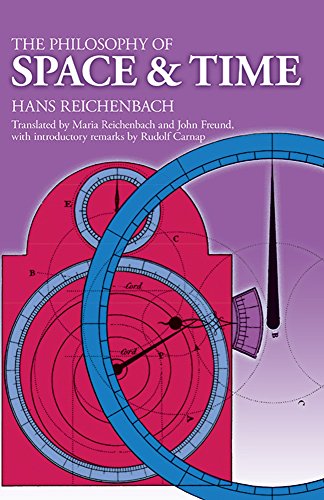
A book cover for The Philosophy of Space and Time (Dover Books on Physics); Hans Reichenbach; Science & Math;